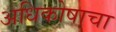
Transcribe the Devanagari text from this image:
अधिकोषाचा